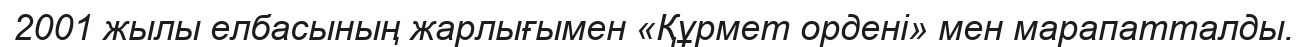
2001 жылы елбасының жарлығымен «Құрмет ордені» мен марапатталды.